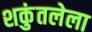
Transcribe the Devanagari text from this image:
शकुंतलेला